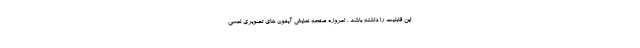
این قابلیت را داشته باشد . امروزه صفحه نمایش آیفون های تصویری لمسی